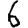
Digit: 6